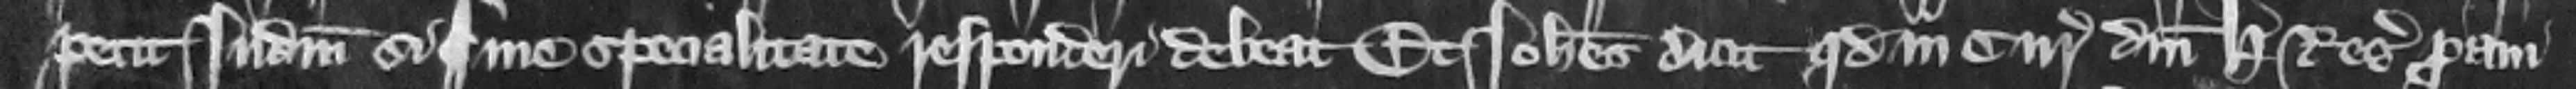
petit Iudicium si sine specialitate responderi debeat. Et Iohannes dicit quod in curia domini H. regis proaui